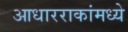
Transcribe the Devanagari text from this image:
आधारराकांमध्ये